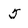
Character: 5